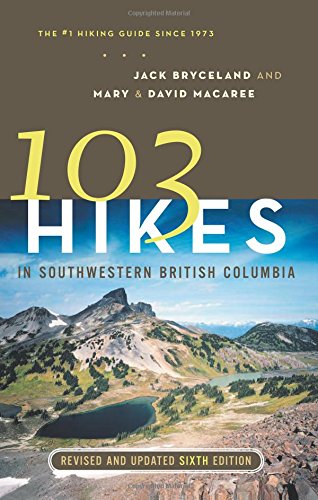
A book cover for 103 Hikes in Southwestern British Columbia; Jack Bryceland; Travel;